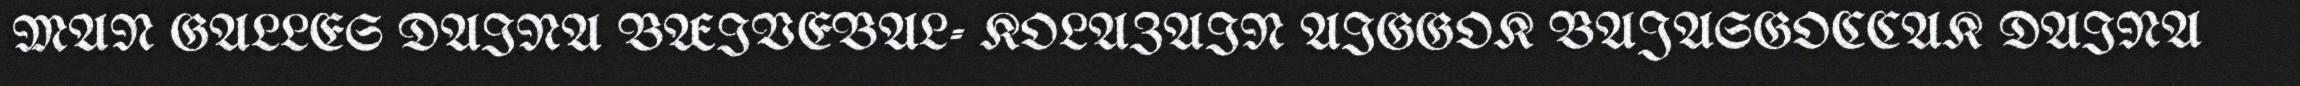
MAN GALLES DAINA BÆIVEBAL- KOLAZAIN AIGGOK BAJASGOCCAK DAINA